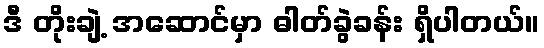
ဒီ တိုးချဲ့ အဆောင်မှာ ဓါတ်ခွဲခန်း ရှိပါတယ်။